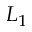
L _ { 1 }